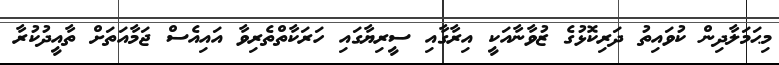
މިޙަމަލާދިން ކުވައިތު ދަރިކޮޅުގެ ޒުވާނާއަކީ އިރާގާއި ސީރިޔާގައި ހަރަކާތްތެރިވާ އައިއެސް ޖަމާއަތަށް ތާއީދުކުރާ